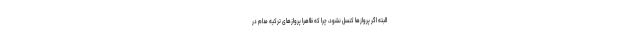
البته اگر پروازها کنسل نشود، چرا که ظاهراً پروازهای ترکیه مدام در